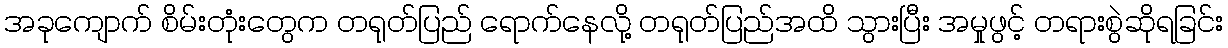
အခုကျောက် စိမ်းတုံးတွေက တရုတ်ပြည် ရောက်နေလို့ တရုတ်ပြည်အထိ သွားပြီး အမှုဖွင့် တရားစွဲဆိုရခြင်း